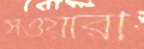
সওয়ারী